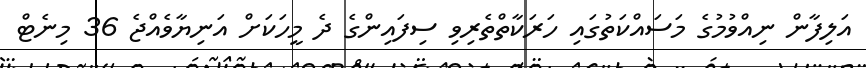
އަލިފާން ނިއްވުމުގެ މަސައްކަތުގައި ހަރަކާތްތެރިވި ސިފައިންގެ ދެ މީހަކަށް އަނިޔާވެއްޖެ 36 މިނެޓް